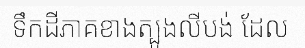
ទឹកដីភាគខាងត្បូងលីបង់ ដែល